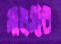
মালসার